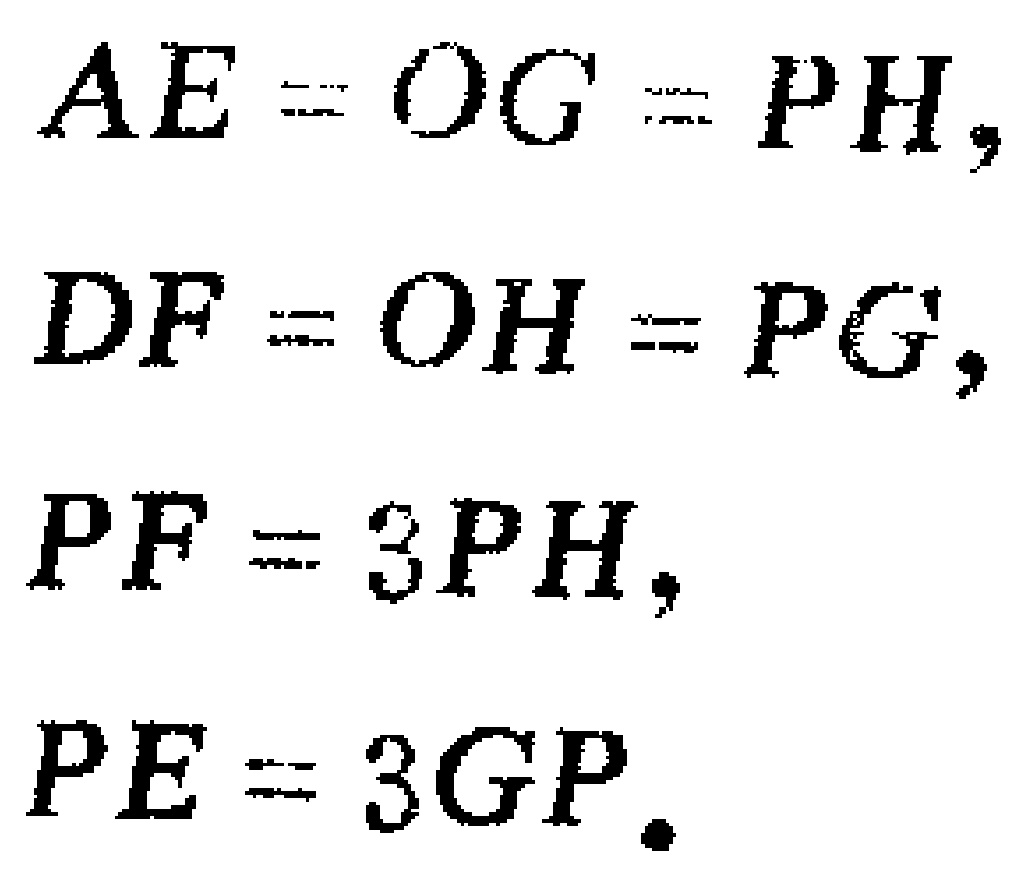
\[

\begin{align*}

AE&=OG = PH,\\

DF&=OH = PG,\\

PF&= 3PH,\\

PE&= 3GP.

\end{align*}

\]